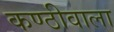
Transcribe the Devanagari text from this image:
कण्ठीवाला